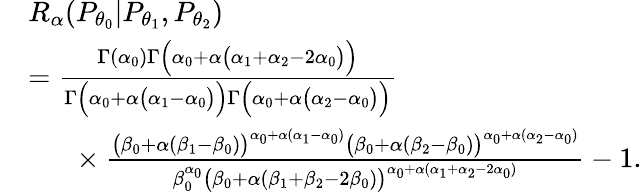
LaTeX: \begin{array}{rl}&{{R_{\alpha}}(P_{\theta_{0}}|P_{\theta_{1}},P_{\theta_{2}})}\\ &{=\frac{\Gamma(\alpha_{0})\Gamma\Big(\alpha_{0}+\alpha\big(\alpha_{1}+\alpha_{2}-2\alpha_{0}\big)\Big)}{\Gamma\Big(\alpha_{0}+\alpha\big(\alpha_{1}-\alpha_{0}\big)\Big)\Gamma\Big(\alpha_{0}+\alpha\big(\alpha_{2}-\alpha_{0}\big)\Big)}}\\ &{\quad\ \ \times\frac{\big(\beta_{0}+\alpha(\beta_{1}-\beta_{0})\big)^{\alpha_{0}+\alpha(\alpha_{1}-\alpha_{0})}\big(\beta_{0}+\alpha(\beta_{2}-\beta_{0})\big)^{\alpha_{0}+\alpha(\alpha_{2}-\alpha_{0})}}{\beta_{0}^{\alpha_{0}}\big(\beta_{0}+\alpha(\beta_{1}+\beta_{2}-2\beta_{0})\big)^{\alpha_{0}+\alpha(\alpha_{1}+\alpha_{2}-2\alpha_{0})}}-1.}\end{array}